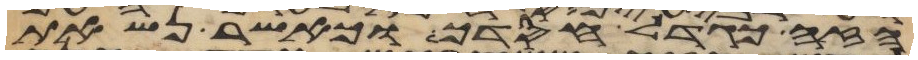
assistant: הזה כגדל חסדך וכאשר נשאת